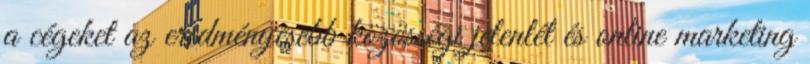
a cégeket az eredményesebb közösségi jelenlét és online marketing